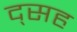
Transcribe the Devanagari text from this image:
द्सह